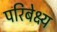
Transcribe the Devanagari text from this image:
परिबेक्ष्य